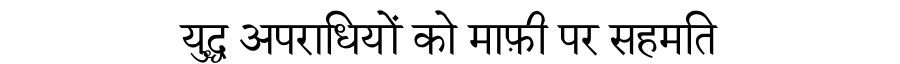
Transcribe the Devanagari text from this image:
युद्ध अपराधियों को माफ़ी पर सहमति